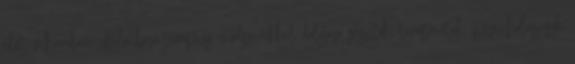
élet viharában. Különböző terápiás módszerekkel dolgozó segítők, terapeuták, pszichológusok